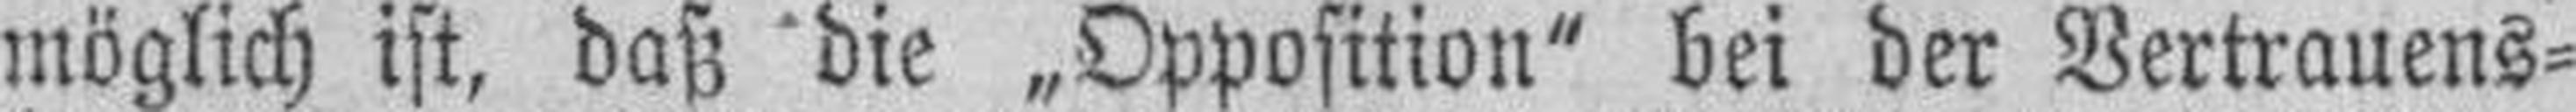
möglich ist, daß die „Opposition" bei der Vertrauens¬